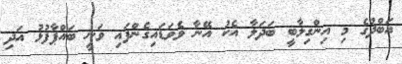
އަބްދުގެ މި އިންގިލާބީ ބަދަލާ އެކު އޭނާ ވެވަޑައިގެންފައި ވަނީ ބައްޕާފުޅު އަދި